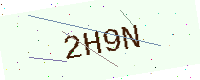
Text: 2H9N